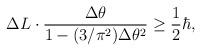
LaTeX: \begin{align*}\Delta L \cdot\frac{ \Delta \theta }{ 1 - (3/\pi^2) \Delta \theta^2 }\ge\frac 12 \hbar ,\end{align*}